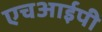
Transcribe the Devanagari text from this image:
एचआईपी